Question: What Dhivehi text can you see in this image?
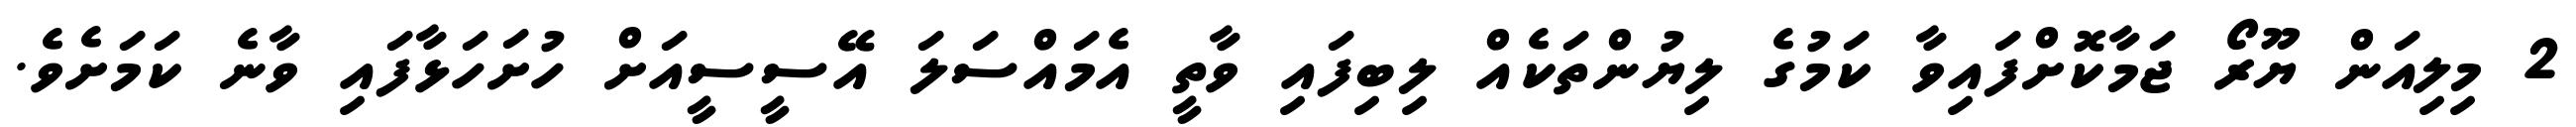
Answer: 2 މިލިއަން ޔޫރޯ ޖަމާކޮށްފައިވާ ކަމުގެ ލިޔުންތަކެއް ލިބިފައި ވާތީ އެމައްސަލަ އޭސީސީއަށް ހުށަހަޅާފައި ވާނެ ކަމަށެވެ.